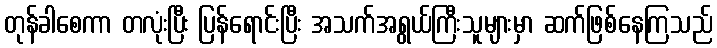
တုန်ခါစေကာ တလုံးပြီး ပြန်ရောင်းပြီး အသက်အရွယ်ကြီးသူများမှာ ဆက်ဖြစ်နေကြသည်